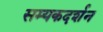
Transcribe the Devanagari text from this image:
सम्यकदर्शन